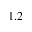
1 . 2